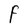
Character: F